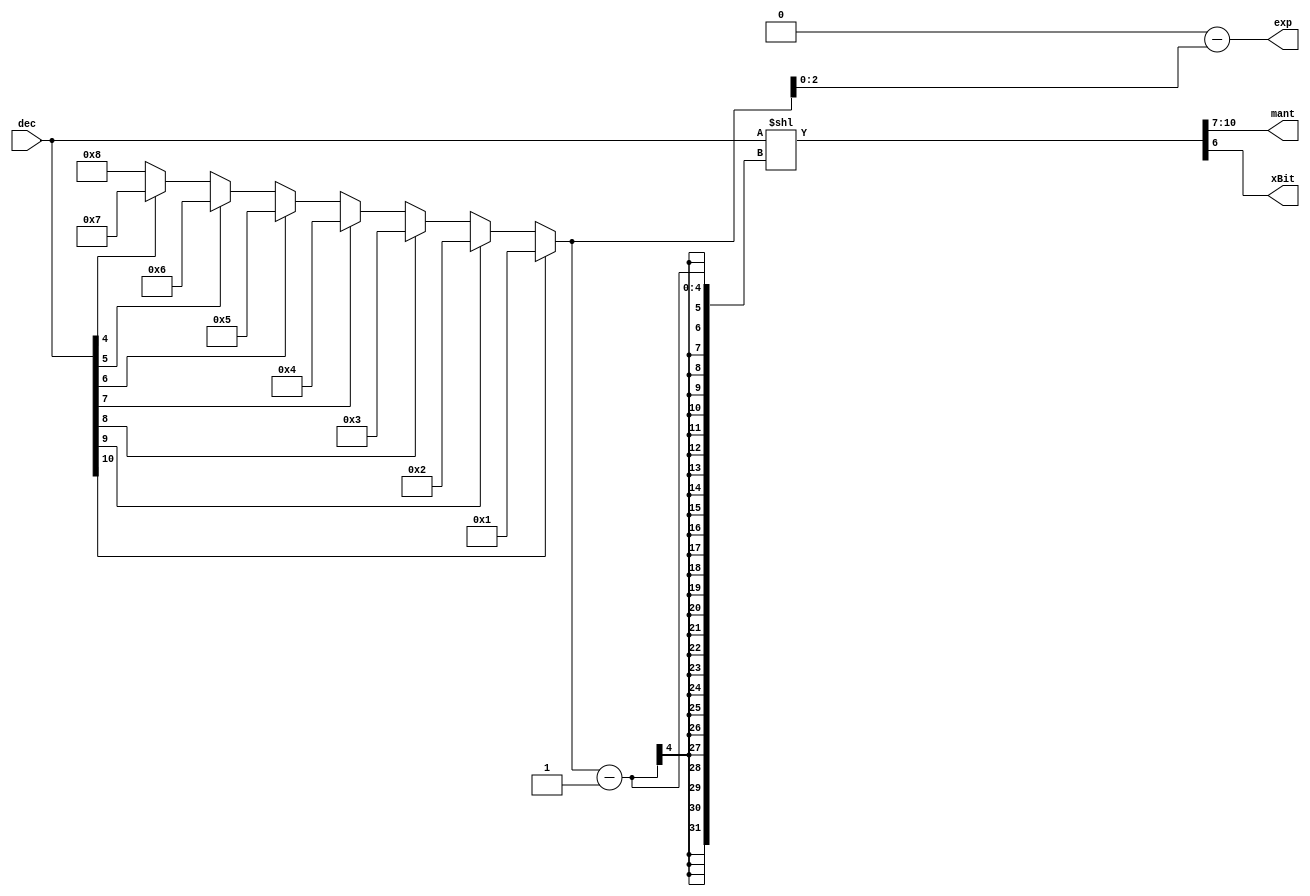
module CountLeadingZeroes(dec, exp, mant, xBit);

    input [10:0] dec;
    output reg [2:0] exp;
    output reg [3:0] mant;
    output reg xBit;
    
    reg [3:0] num_zeroes;
    reg [10:0] temp;
    
    always @(*) begin
        num_zeroes = (dec[10]) ? 4'b0001 :  (dec[9]) ? 4'b0010 :  (dec[8]) ? 4'b0011 :  (dec[7]) ? 4'b0100 :  (dec[6]) ? 4'b0101 :  (dec[5]) ? 4'b0110 :  (dec[4]) ? 4'b0111 : 4'b1000;
        temp = (dec << num_zeroes - 1);  //(dec << num_zeroes);
        mant = temp[10:7];
        xBit = temp[6];
        exp = 4'b1000 - num_zeroes;
    end

endmodule